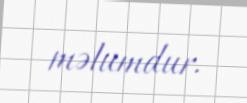
məlumdur.